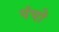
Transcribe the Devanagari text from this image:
पंपो